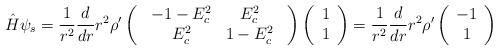
LaTeX: \begin{align*}{\hat H}\psi_s=\frac{1}{r^2}\frac{d}{dr}r^2{\rho}^{\prime}\left(\begin{array}{c}\begin{array}{cc}-1-E^2_c&E^2_c\\E^2_c&1-E^2_c\\\end{array}\end{array}\right)\left(\begin{array}{c}1\\ 1\\\end{array}\right)=\frac{1}{r^2}\frac{d}{dr}r^2{\rho}^{\prime}\left(\begin{array}{c}-1\\ 1\\\end{array}\right)\end{align*}